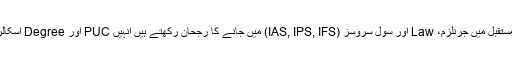
ریلیز کے مطابق گذشتہ سال سے اسکالرشپ پالیسی میں کچھ تبدیلیاں کی گئی ہیں جو طلبہ مستقبل میں جرنلزم، Law اور سول سروسز (IAS, IPS, IFS) میں جانے کا رجحان رکھتے ہیں انہیں PUC اور Degree اسکالرشپ کے لئے ترجیح دی جائیگی مزید ان طلبہ کی خصوصی امداد اور رہنمائی کی جائیگی۔